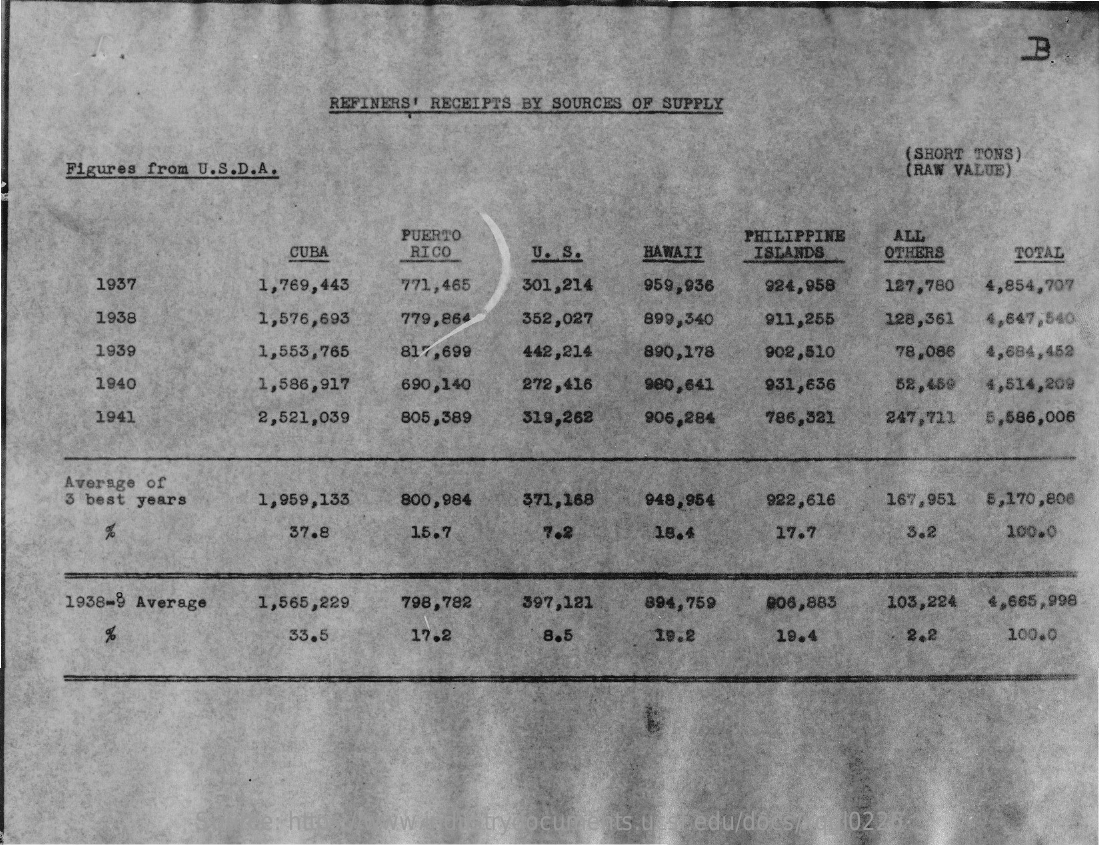
B
     REFINERS' RECEIPTS BY SOURCES OF SUPPLY
     Figures from U.S.D.A.
     (SHORT TONS)
     (RAW VALUE)
     PUERTO    PHILIPPINE ALL
     CUBA    RICO    U. S.  HAWAII ISLANDS  OTHERS   TOTAL
     1937    1,769,443 771,465 301,214 959,936 924,958 127,780 4,854,707
     1938    1,576,693 779,864 352,027 899,340 911,255 128,361 4,647,540
     1939    1,553,765 817,699 442,214 890,178 902,510 78,086 4,684,452
     1940    1,586,917 690,140 272,416 980,641 931,636 52,459 4,514,209
     1941    2,521,039 805,389 319,262 906,284 786,321 247,711 5,586,006
     Average of
     3 best years 1,959,133 800,984 371,168 948,954 922,616 167,951 5,170,808
     %    37.8    15.7    7.2    18.4    17.7    3.2    100.0
     1938-9 Average 1,565,229 798,782 397,121 894,759 906,883 103,224 4,665,998
     %    33.5    17.2    8.5    19.2    19.4    2.2    100.0
     Source: https://www.industrydocuments.ucsf.edu/docs/xqgl0226